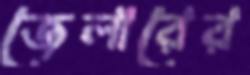
জেলারের